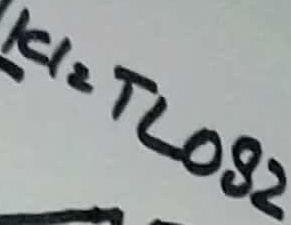
Text: IC1=TLO82